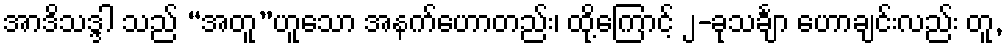
အာဒိသဒ္ဒါ သည် “အတူ”ဟူသော အနက်ဟောတည်း၊ ထို့ကြောင့် ၂-ခုသင်္ချာ ဟောချင်းလည်း တူ,